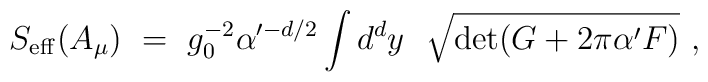
S_{\rm eff}(A_{\mu}) \ =\  g_0^{-2}\alpha'^{-d/2}   \int d^{d}y\ \ {\sqrt{\det(G+2\pi\alpha'F)}} \ ,